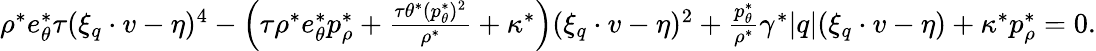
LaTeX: \begin{array}{r}{\rho^{\ast}e_{\theta}^{\ast}\tau(\xi_{q}\cdot v-\eta)^{4}-\left(\tau\rho^{\ast}e_{\theta}^{\ast}p_{\rho}^{\ast}+\frac{\tau\theta^{\ast}(p_{\theta}^{\ast})^{2}}{\rho^{\ast}}+\kappa^{\ast}\right)(\xi_{q}\cdot v-\eta)^{2}+\frac{p_{\theta}^{\ast}}{\rho^{\ast}}\gamma^{\ast}|q|(\xi_{q}\cdot v-\eta)+\kappa^{\ast}p_{\rho}^{\ast}=0.}\end{array}